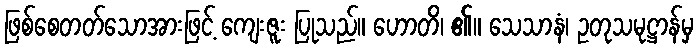
ဖြစ်စေတတ်သောအားဖြင့် ကျေးဇူး ပြုသည်။ ဟောတိ၊ ၏။ သေသာနံ၊ ဥတုသမုဋ္ဌာန်မှ